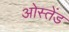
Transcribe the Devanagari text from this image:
ओस्तेंड